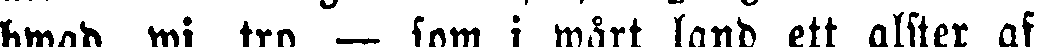
hwad wi tro — som i wårt land ett alster af